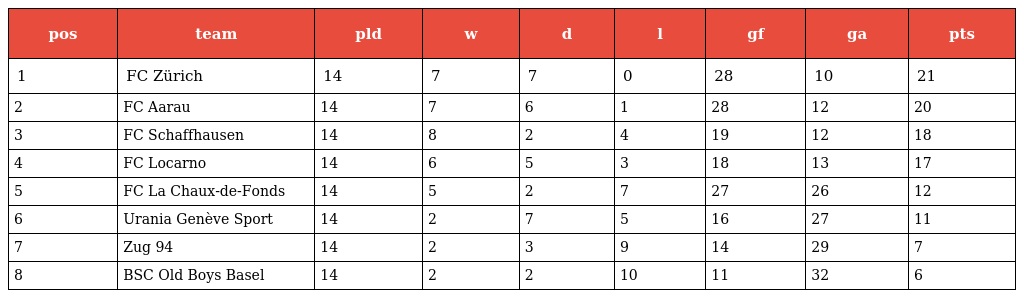
| pos | team | pld | w | d | l | gf | ga | pts |
 | --- | --- | --- | --- | --- | --- | --- | --- | --- |
 | 1 | FC Zürich | 14 | 7 | 7 | 0 | 28 | 10 | 21 |
 | 2 | FC Aarau | 14 | 7 | 6 | 1 | 28 | 12 | 20 |
 | 3 | FC Schaffhausen | 14 | 8 | 2 | 4 | 19 | 12 | 18 |
 | 4 | FC Locarno | 14 | 6 | 5 | 3 | 18 | 13 | 17 |
 | 5 | FC La Chaux-de-Fonds | 14 | 5 | 2 | 7 | 27 | 26 | 12 |
 | 6 | Urania Genève Sport | 14 | 2 | 7 | 5 | 16 | 27 | 11 |
 | 7 | Zug 94 | 14 | 2 | 3 | 9 | 14 | 29 | 7 |
 | 8 | BSC Old Boys Basel | 14 | 2 | 2 | 10 | 11 | 32 | 6 |